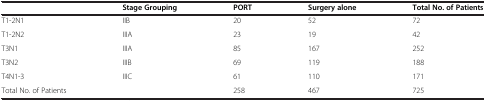
<table><thead><tr><td><b> </b></td><td><b>Stage Grouping</b></td><td><b>PORT</b></td><td><b>Surgery alone</b></td><td><b>Total No. of Patients</b></td></tr></thead><tbody><tr><td>T1-2N1</td><td>IIB</td><td>20</td><td>52</td><td>72</td></tr><tr><td>T1-2N2</td><td>IIIA</td><td>23</td><td>19</td><td>42</td></tr><tr><td>T3N1</td><td>IIIA</td><td>85</td><td>167</td><td>252</td></tr><tr><td>T3N2</td><td>IIIB</td><td>69</td><td>119</td><td>188</td></tr><tr><td>T4N1-3</td><td>IIIC</td><td>61</td><td>110</td><td>171</td></tr><tr><td>Total No. of Patients</td><td> </td><td>258</td><td>467</td><td>725</td></tr></tbody></table>